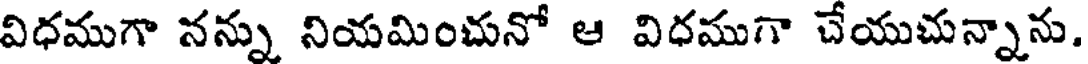
విధముగా నన్ను నియమించునో ఆ విధముగా చేయుచున్నాను.